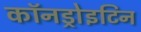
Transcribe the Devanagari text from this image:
कॉनड्रोइटिन